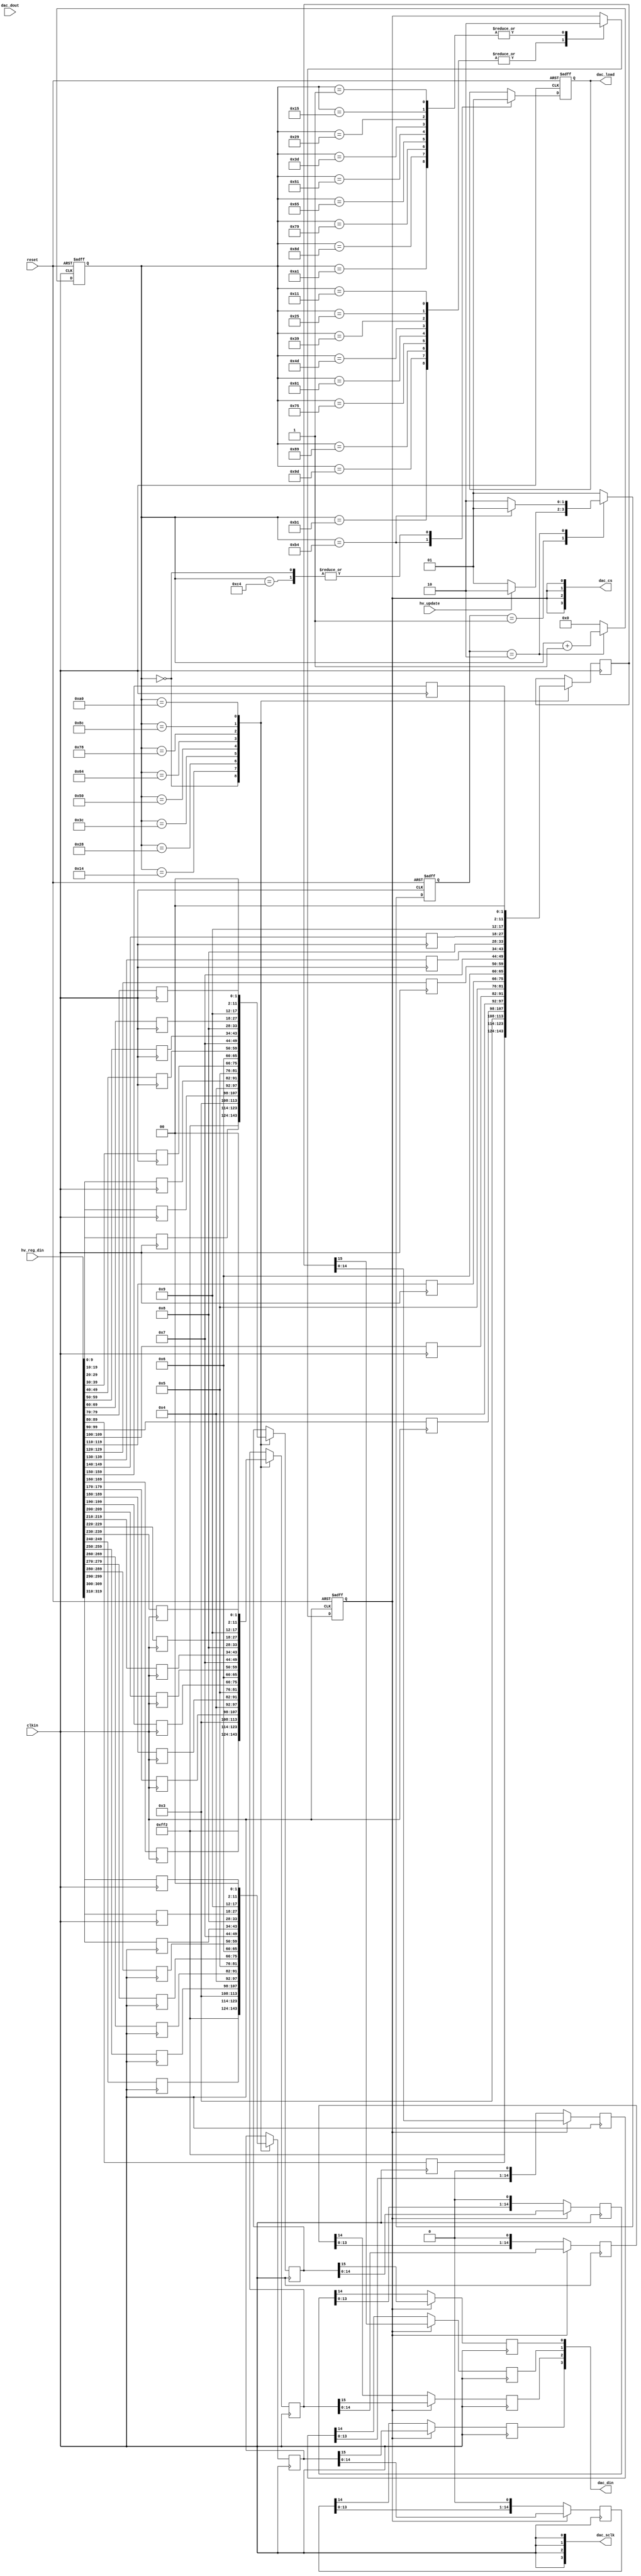
`timescale 1ns / 1ps
//////////////////////////////////////////////////////////////////////////////////
// Company: 
// Engineer: 
// 
// Design Name: 
// Module Name:    dac_ctrl_fsm 
// Project Name: 
// Target Devices: 
// Tool versions: 
// Description: 
//
// Dependencies: 
//
// Revision: 
// Revision 0.01 - File Created
// Additional Comments: 
//
//////////////////////////////////////////////////////////////////////////////////
module dac_ctrl_fsm(
	input reset,
	input clkin,
	input hv_update,
	input [319:0] hv_reg_din,
	input [3:0]	dac_dout,
	
	output [3:0] dac_sclk,
	output [3:0] dac_din,
	output [3:0] dac_cs,
	output 	reg	 dac_load	= 1'b0
    );

	reg [15:0] dac0_pdin, dac1_pdin, dac2_pdin, dac3_pdin;
	reg dac_cs_i = 1'b1;
	wire dac_sclk_i;
	assign dac_sclk_i = clkin;
	assign dac_sclk = {dac_sclk_i, dac_sclk_i, dac_sclk_i, dac_sclk_i};
	
	reg [9:0] hv_reg0,hv_reg1,hv_reg2, hv_reg3, hv_reg4, hv_reg5, hv_reg6,hv_reg7;
	reg [9:0] hv_reg8,hv_reg9,hv_reg10,hv_reg11,hv_reg12,hv_reg13,hv_reg14,hv_reg15;
	reg [9:0] hv_reg16,hv_reg17,hv_reg18,hv_reg19,hv_reg20,hv_reg21,hv_reg22,hv_reg23;
	reg [9:0] hv_reg24,hv_reg25,hv_reg26,hv_reg27,hv_reg28,hv_reg29,hv_reg30,hv_reg31;
	
	always @(posedge dac_sclk_i)
	begin
	hv_reg0 <= hv_reg_din[9:0];
	hv_reg1 <= hv_reg_din[19:10];
	hv_reg2 <= hv_reg_din[29:20];
	hv_reg3 <= hv_reg_din[39:30];
	hv_reg4 <= hv_reg_din[49:40];
	hv_reg5 <= hv_reg_din[59:50];
	hv_reg6 <= hv_reg_din[69:60];
	hv_reg7 <= hv_reg_din[79:70];
	
	hv_reg8 <= hv_reg_din[89:80];
	hv_reg9 <= hv_reg_din[99:90];
	hv_reg10 <= hv_reg_din[109:100];
	hv_reg11 <= hv_reg_din[119:110];
	hv_reg12 <= hv_reg_din[129:120];
	hv_reg13 <= hv_reg_din[139:130];
	hv_reg14 <= hv_reg_din[149:140];
	hv_reg15 <= hv_reg_din[159:150];
	
	hv_reg16 <= hv_reg_din[169:160];
	hv_reg17 <= hv_reg_din[179:170];
	hv_reg18 <= hv_reg_din[189:180];
	hv_reg19 <= hv_reg_din[199:190];
	hv_reg20 <= hv_reg_din[209:200];
	hv_reg21 <= hv_reg_din[219:210];
	hv_reg22 <= hv_reg_din[229:220];
	hv_reg23 <= hv_reg_din[239:230];

	hv_reg24 <= hv_reg_din[249:240];
	hv_reg25 <= hv_reg_din[259:250];
	hv_reg26 <= hv_reg_din[269:260];
	hv_reg27 <= hv_reg_din[279:270];
	hv_reg28 <= hv_reg_din[289:280];
	hv_reg29 <= hv_reg_din[299:290];
	hv_reg30 <= hv_reg_din[309:300];
	hv_reg31 <= hv_reg_din[319:310];
	end

	parameter st_IDLE = 2'b01;
	parameter st_UPDATE = 2'b10;
	reg [1:0] state = 2'b01;
	reg [7:0] bitcnt = 8'h0;
	
	always @(negedge reset or posedge dac_sclk_i)
	if(~reset)
	begin
	bitcnt <= 8'h0;
	state  <= st_IDLE;
	end else case(state)
	st_IDLE : begin
	bitcnt <= 8'h0;
	
	if(hv_update)
	state  <= st_UPDATE;
	else   
	state  <= st_IDLE;
	end
	
	st_UPDATE : begin
	bitcnt <= bitcnt + 8'h1;
	
	if(bitcnt == 8'd180)
	state  <= st_IDLE;
	else   
	state  <= st_UPDATE;
	end
	
	default : begin
	bitcnt <= 8'h0;
	state  <= st_IDLE;
	end
	endcase
	
	
	always @(posedge dac_sclk_i)
	case(bitcnt)
	8'd0 : begin dac0_pdin <= 16'hff;  dac1_pdin <= 16'hff; dac2_pdin <= 16'hff; dac3_pdin <= 16'hff; end
	8'd20 : begin dac0_pdin <= {4'h2, hv_reg0, 2'b00};  dac1_pdin <= {4'h2, hv_reg8, 2'b00}; dac2_pdin <= {4'h2, hv_reg16, 2'b00}; dac3_pdin <= {4'h2, hv_reg24, 2'b00}; end
	8'd40 : begin dac0_pdin <= {4'h3, hv_reg1, 2'b00};  dac1_pdin <= {4'h3, hv_reg9, 2'b00}; dac2_pdin <= {4'h3, hv_reg17, 2'b00}; dac3_pdin <= {4'h3, hv_reg25, 2'b00}; end
	8'd60 : begin dac0_pdin <= {4'h4, hv_reg2, 2'b00};  dac1_pdin <= {4'h4, hv_reg10, 2'b00}; dac2_pdin <= {4'h4, hv_reg18, 2'b00}; dac3_pdin <= {4'h4, hv_reg26, 2'b00}; end
	8'd80 : begin dac0_pdin <= {4'h5, hv_reg3, 2'b00};  dac1_pdin <= {4'h5, hv_reg11, 2'b00}; dac2_pdin <= {4'h5, hv_reg19, 2'b00}; dac3_pdin <= {4'h5, hv_reg27, 2'b00}; end
	8'd100 : begin dac0_pdin <= {4'h6, hv_reg4, 2'b00};  dac1_pdin <= {4'h6, hv_reg12, 2'b00}; dac2_pdin <= {4'h6, hv_reg20, 2'b00}; dac3_pdin <= {4'h6, hv_reg28, 2'b00}; end
	8'd120 : begin dac0_pdin <= {4'h7, hv_reg5, 2'b00};  dac1_pdin <= {4'h7, hv_reg13, 2'b00}; dac2_pdin <= {4'h7, hv_reg21, 2'b00}; dac3_pdin <= {4'h7, hv_reg29, 2'b00}; end
	8'd140 : begin dac0_pdin <= {4'h8, hv_reg6, 2'b00};  dac1_pdin <= {4'h8, hv_reg14, 2'b00}; dac2_pdin <= {4'h8, hv_reg22, 2'b00}; dac3_pdin <= {4'h8, hv_reg30, 2'b00}; end
	8'd160 : begin dac0_pdin <= {4'h9, hv_reg7, 2'b00};  dac1_pdin <= {4'h9, hv_reg15, 2'b00}; dac2_pdin <= {4'h9, hv_reg23, 2'b00}; dac3_pdin <= {4'h9, hv_reg31, 2'b00}; end
	default : begin
	dac0_pdin <= dac0_pdin;
	dac1_pdin <= dac1_pdin;
	dac2_pdin <= dac2_pdin;
	dac3_pdin <= dac3_pdin;
	end
	endcase
	
	always  @(negedge reset or posedge dac_sclk_i)
	if(~reset)
	dac_cs_i <= 1'b1;
	else
	case(bitcnt)
	8'd17, 8'd37, 8'd57, 8'd77, 8'd97, 8'd117, 8'd137, 8'd157, 8'd177 : dac_cs_i <= 1'b1;
	8'h1,  8'd21, 8'd41, 8'd61, 8'd81, 8'd101, 8'd121, 8'd141, 8'd161 : dac_cs_i <= 1'b0;
	default : begin dac_cs_i <= dac_cs_i; end
	endcase
	
	assign dac_cs = {dac_cs_i,dac_cs_i,dac_cs_i,dac_cs_i};
	
	always  @(negedge reset or posedge dac_sclk_i)
	if(~reset)
	dac_load <= 1'b1;
	else
	case(bitcnt)	
	8'd180 : dac_load <= 1'b0;
	8'd0, 8'd196 : dac_load <= 1'b1;
	default dac_load <= dac_load;
	endcase
	
   parameter piso_shift = 16;
   
   reg [piso_shift-2:0] dac0_pi_reg, dac1_pi_reg, dac2_pi_reg, dac3_pi_reg;
   reg                  dac0_din, dac1_din, dac2_din, dac3_din;

   always @(posedge dac_sclk_i)
      if (dac_cs_i) begin
         dac0_pi_reg <= dac0_pdin[piso_shift-2:0];
         dac0_din    <= dac0_pdin[piso_shift-1];
      end
      else begin
         dac0_pi_reg <= {dac0_pi_reg[piso_shift-3:0],1'b0};
         dac0_din   <= dac0_pi_reg[piso_shift-2];
      end
		
   always @(posedge dac_sclk_i)
      if (dac_cs_i) begin
         dac1_pi_reg <= dac1_pdin[piso_shift-2:0];
         dac1_din    <= dac1_pdin[piso_shift-1];
      end
      else begin
         dac1_pi_reg <= {dac1_pi_reg[piso_shift-3:0],1'b0};
         dac1_din   <= dac1_pi_reg[piso_shift-2];
      end
		
   always @(posedge dac_sclk_i)
      if (dac_cs_i) begin
         dac2_pi_reg <= dac2_pdin[piso_shift-2:0];
         dac2_din    <= dac2_pdin[piso_shift-1];
      end
      else begin
         dac2_pi_reg <= {dac2_pi_reg[piso_shift-3:0],1'b0};
         dac2_din   <= dac2_pi_reg[piso_shift-2];
      end
		
   always @(posedge dac_sclk_i)
      if (dac_cs_i) begin
         dac3_pi_reg <= dac3_pdin[piso_shift-2:0];
         dac3_din    <= dac3_pdin[piso_shift-1];
      end
      else begin
         dac3_pi_reg <= {dac3_pi_reg[piso_shift-3:0],1'b0};
         dac3_din   <= dac3_pi_reg[piso_shift-2];
      end	

assign dac_din[0] = dac0_din;
assign dac_din[1] = dac1_din;
assign dac_din[2] = dac2_din;
assign dac_din[3] = dac3_din;


endmodule